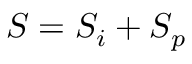
S = S _ { i } + S _ { p }